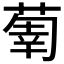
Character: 𦵳